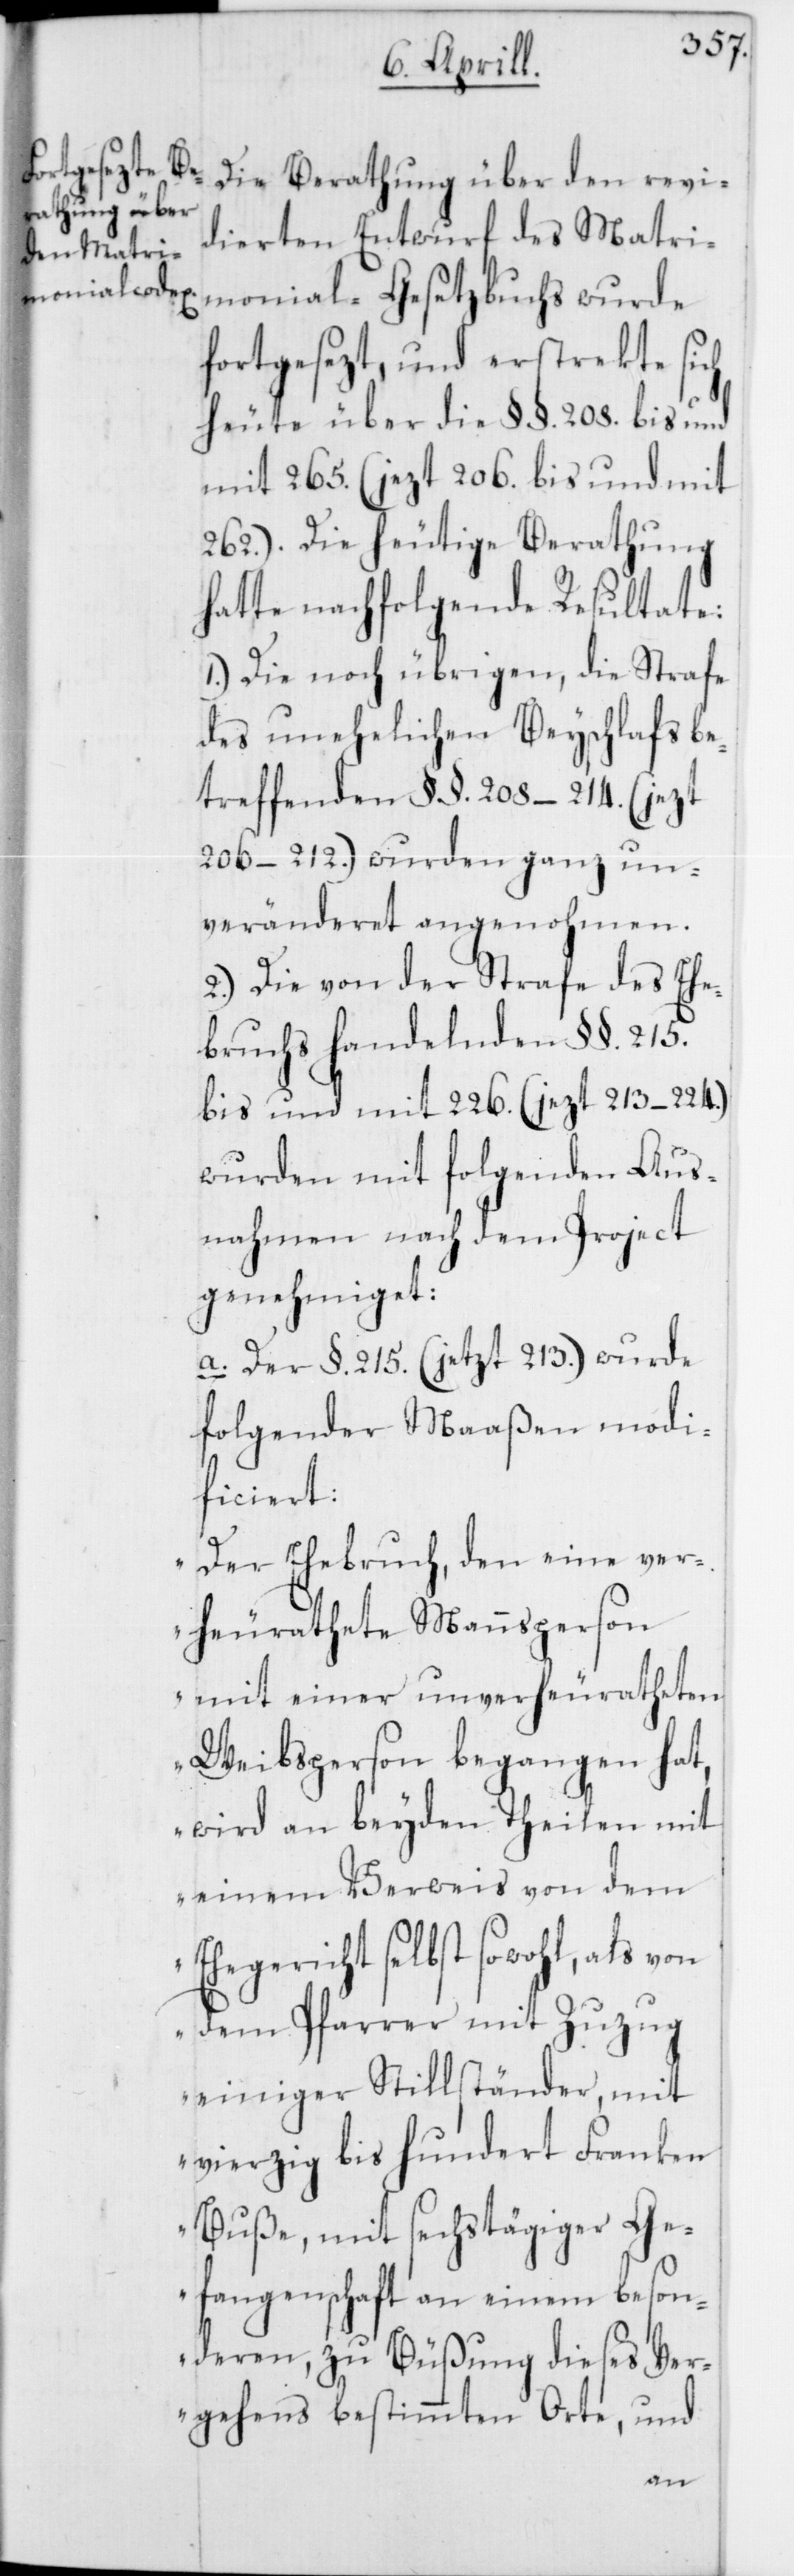
Die Berathung über den revi¬
dierten Entwurf des Matri¬
monial-Gesetzbuchs wurde
fortgesezt, und erstrekte sich
heute über die §§. 208. bis und
mit 265. (jezt 206. bis und mit
262.). Die heutige Berathung
hatte nachfolgende Resultate:
1.) Die noch übrigen, die Strafe
des unehelichen Beyschlafs be¬
treffenden §§. 208 – 214. (jezt
206 – 212.) wurden ganz un¬
veränderet angenohmen.
2.) Die von der Strafe des Ehe¬
bruchs handelnden §§. 215.
bis und mit 226. (jezt 213 – 224.)
wurden mit folgenden Aus¬
nahmen nach dem Project
genehmiget:
a. Der §. 215 (jezt 213.) wurde
folgender Maaßen modi¬
ficiert:
„Der Ehebruch, den eine ver¬
heurathete Mannsperson
mit einer unverheuratheten
Weibsperson begangen hat,
wird an beyden Theilen mit
einem Verweis von dem
Ehegericht selbst sowohl, als
dem Pfarrer mit Zuzug
einiger Stillständer, mit
vierzig bis hundert Franken
Buße, mit sechstägiger Ge¬
fangenschaft an einem beson¬
deren, zu Büßung dieses Ver¬
gehens bestimmten Orte, und